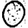
Digit: 0